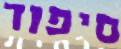
סיפור